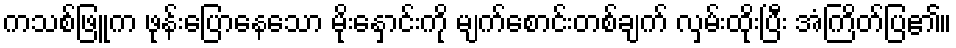
ကသစ်ဖြူက ဖုန်းပြောနေသော မိုးနှောင်းကို မျက်စောင်းတစ်ချက် လှမ်းထိုးပြီး အံကြိတ်ပြ၏။